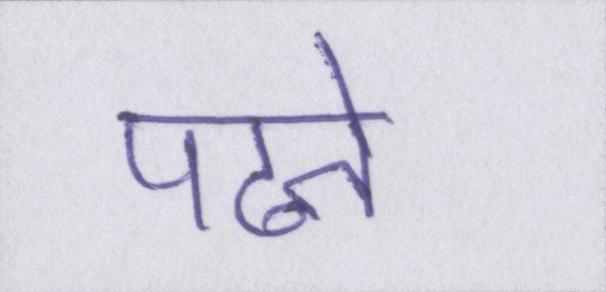
पढते